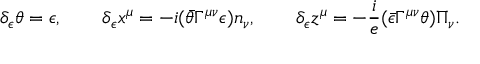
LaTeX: \delta _ { \epsilon } \theta = \epsilon , \qquad \delta _ { \epsilon } x ^ { \mu } = - i ( \bar { \theta } \Gamma ^ { \mu \nu } \epsilon ) n _ { \nu } , \qquad \delta _ { \epsilon } z ^ { \mu } = - \frac { i } { e } ( \bar { \epsilon } \Gamma ^ { \mu \nu } \theta ) \Pi _ { \nu } .